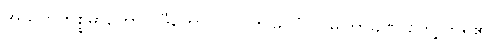
အသုဘကိစ္စမှာတောင် ဒီကောင် လာဘ်မြင်ပုံကို မကြာခဏ တွေ့ကြရ၏။